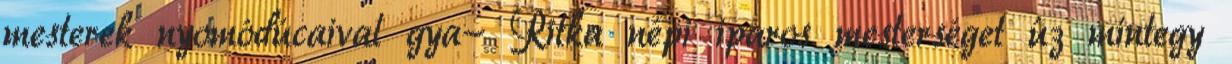
mesterek nyomódúcaival gya- Ritka népi iparos mesterséget ûz mintegy